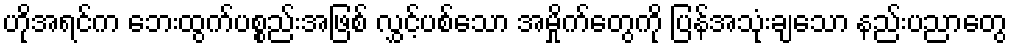
ဟိုအရင်က ဘေးထွက်ပစ္စည်းအဖြစ် လွှင့်ပစ်သော အမှိုက်တွေကို ပြန်အသုံးချသော နည်းပညာတွေ